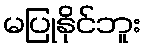
မပြုနိုင်ဘူး